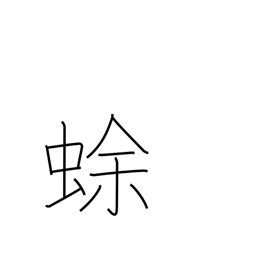
Meaning: toad